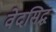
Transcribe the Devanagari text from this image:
वेदसिद्ध